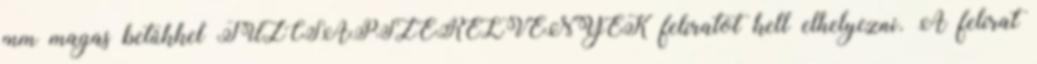
mm magas betûkkel TÛZCSAPSZERELVÉNYEK feliratot kell elhelyezni. A felirat